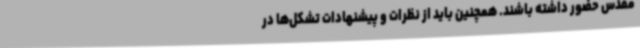
مقدس حضور داشته باشند. همچنین باید از نظرات و پیشنهادات تشکل‌ها در